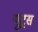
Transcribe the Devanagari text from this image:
यूट्रस